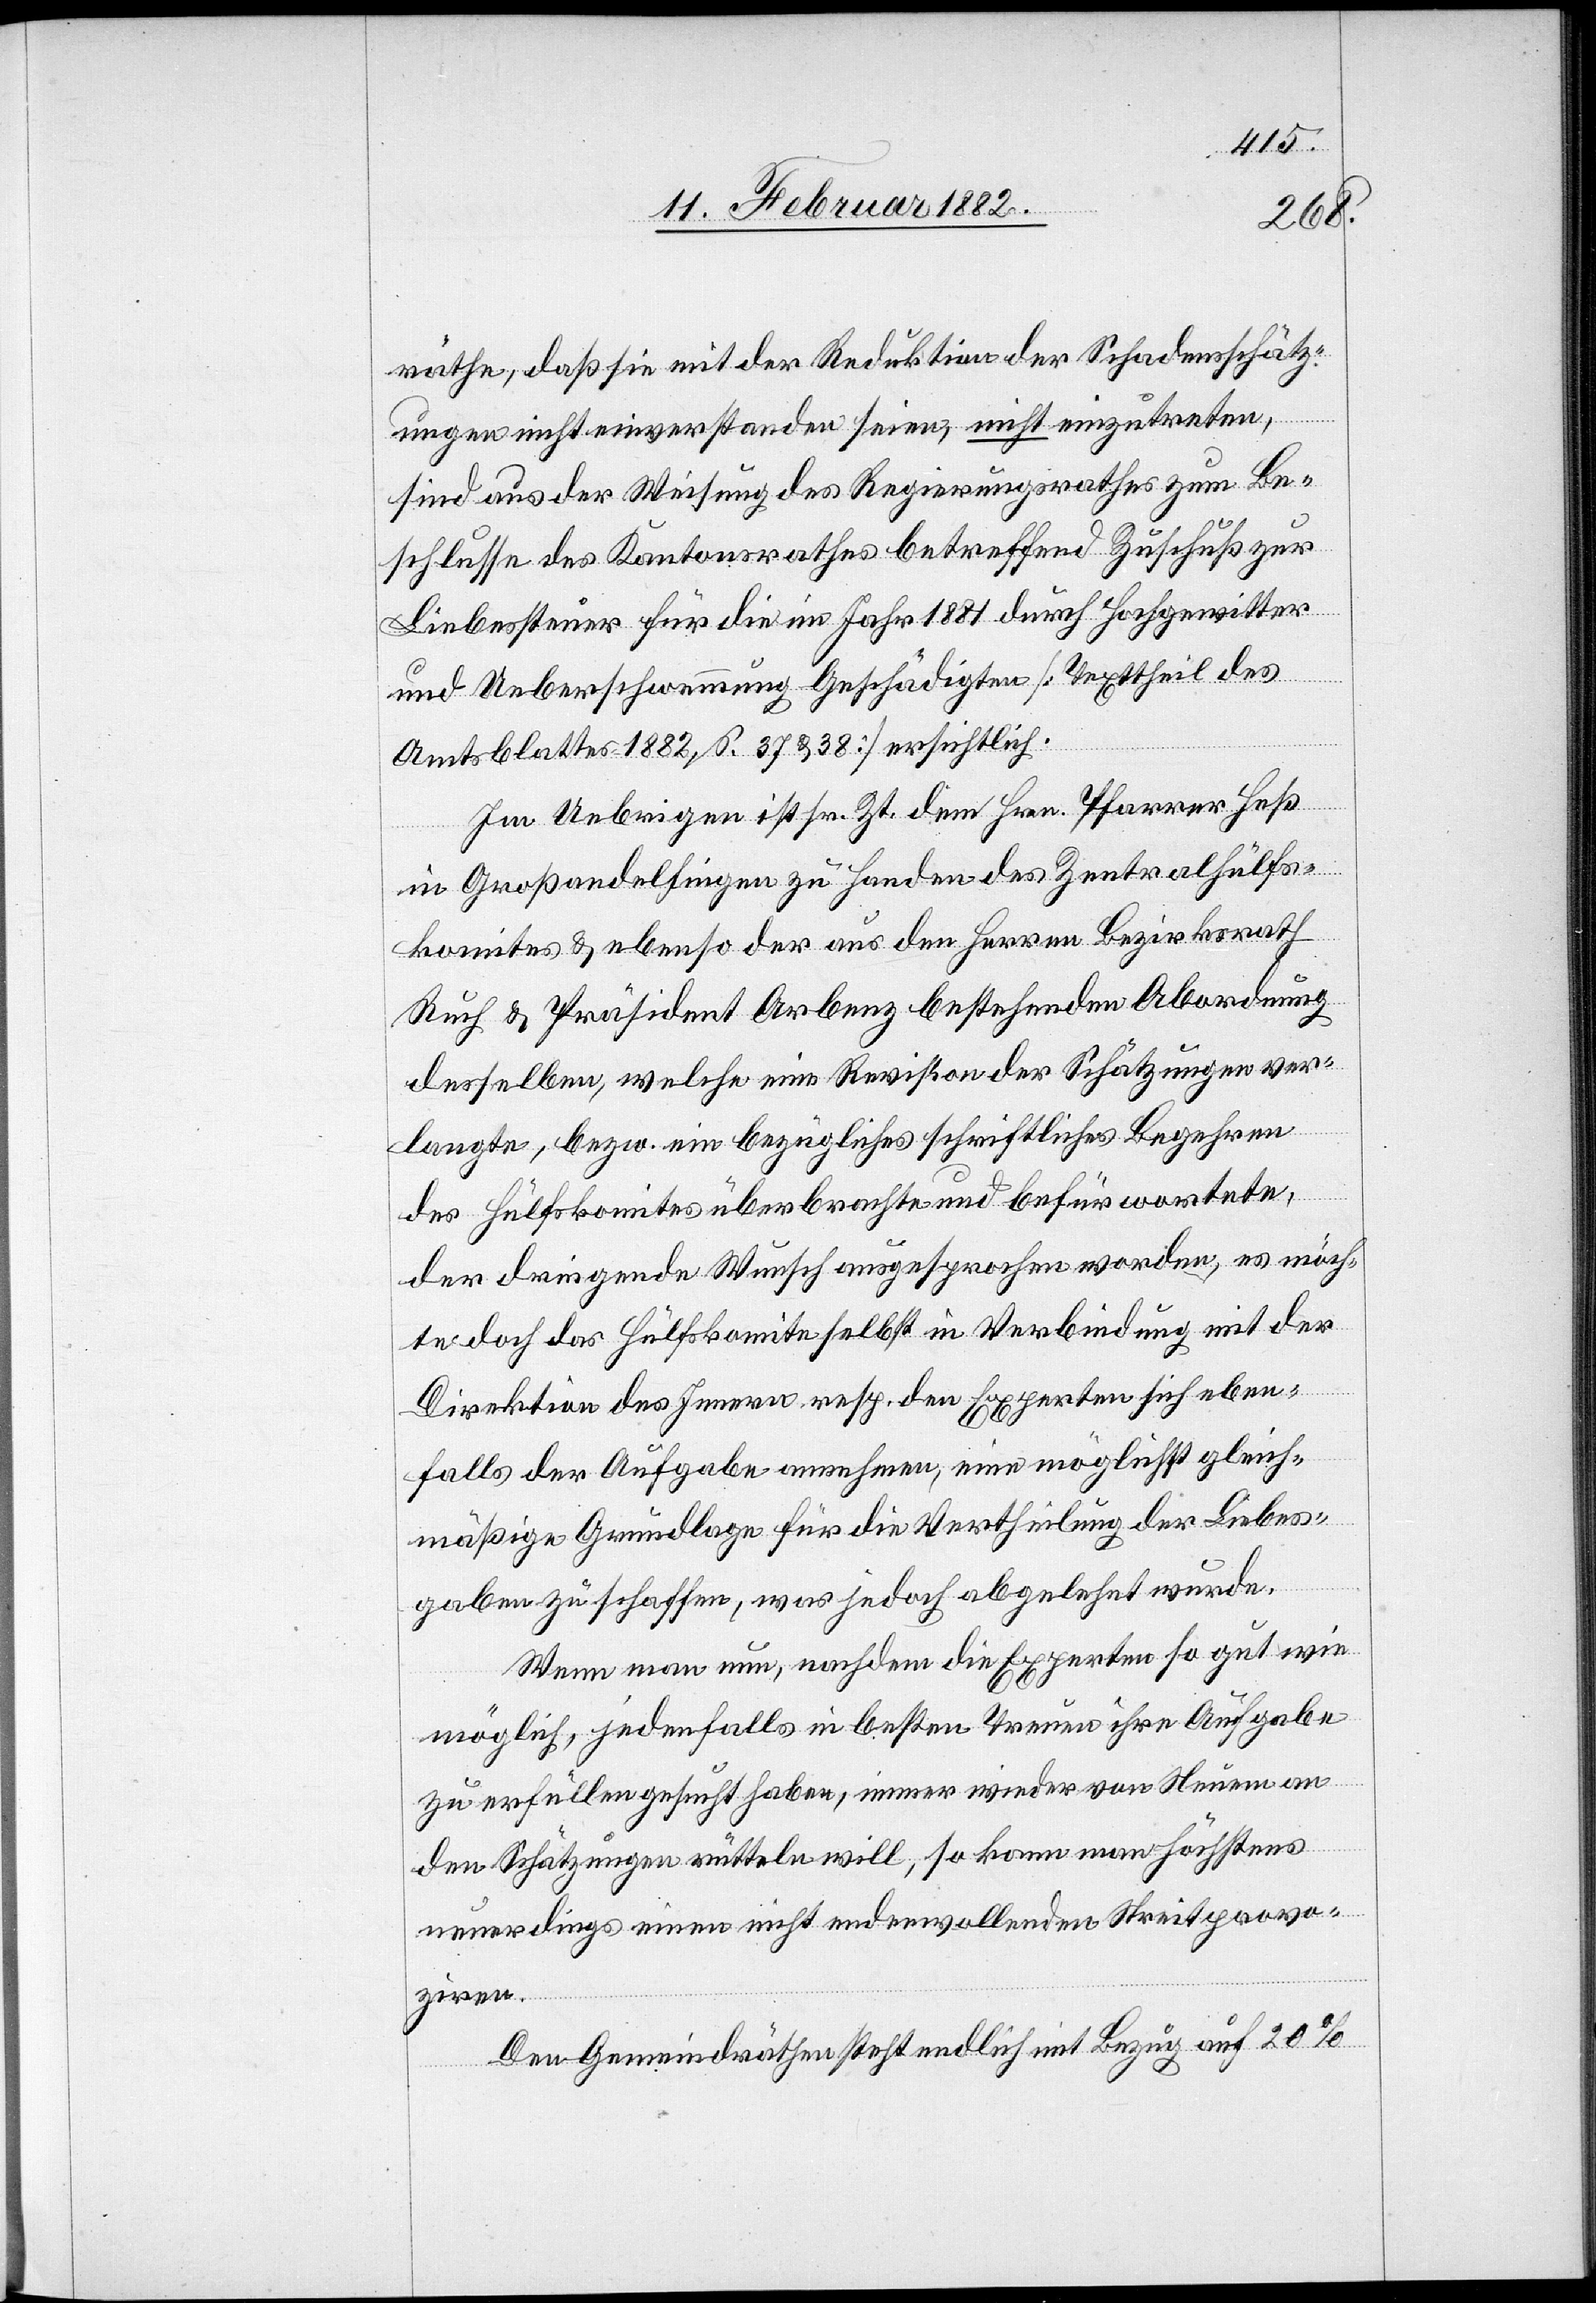
räthe, daß sie mit der Reduktion der Schadensschätz¬
ungen nicht einverstanden seien, nicht einzutreten,
sind aus der Weisung des Regierungsrathes zum Be¬
schlusse des Kantonsrathes betreffend Zuschuß zur
Liebessteuer für die im Jahr 1881 durch Hochgewitter
und Ueberschwemmung Geschädigten [Textheil des
Amtsblattes 1882, S. 37 & 38] ersichtlich.
Im Uebrigen ist sr. Zt. dem Hrn. Pfarrer Heß
in Großandelfingen zu Handen des Zentralhülfs¬
komites & ebenso der aus den Herren Bezirksrath
Ruch & Präsident Arbenz bestehenden Abordnung
desselben, welche eine Revision der Schätzungen ver¬
langte, bezw. ein bezügliches schriftliches Begehren
des Hülfskomites überbrachte und befürworteten,
der dringende Wunsch ausgesprochen worden, es möch¬
te doch das Hülfskomite selbst in Verbindung mit der
Direktion des Innern, resp. den Experten sich eben¬
falls der Aufgabe annehmen, eine möglichst gleich¬
mäßige Grundlage für die Vertheilung der Liebes¬
gaben zu schaffen, was jedoch abgelehnt wurde.
Wenn man nun, nachdem die Experten so gut wie
möglich, jedenfalls in besten Treuen ihre Aufgabe
zu erfüllen gesucht haben, immer wieder von Neuem an
den Schätzungen rütteln will, so kann man höchstens
neuerdings einen nicht endenwollenden Streit provo¬
ziren.
Den Gemeindräthen steht endlich mit Bezug auf 20%